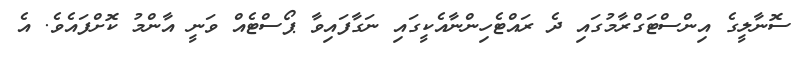
ސޮނާލީގެ އިންސްޓަގްރާމުގައި ދެ ރައްޓެހިންނާއެކީގައި ނަގާފައިވާ ޕޯސްޓެއް ވަނީ އާންމު ކޮށްފައެވެ. އެ